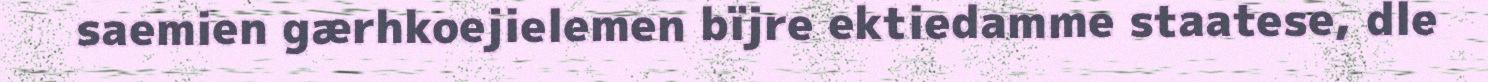
saemien gærhkoejielemen bïjre ektiedamme staatese, dle